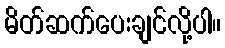
မိတ်ဆက်ပေးချင်လို့ပါ။